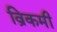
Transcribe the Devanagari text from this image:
व्रिकमी